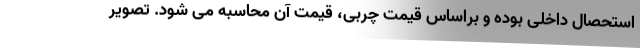
استحصال داخلی بوده و براساس قیمت چربی، قیمت آن محاسبه می شود. تصویر